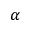
\alpha